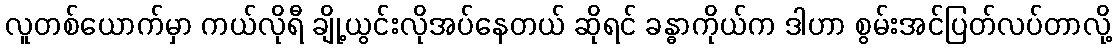
လူတစ်ယောက်မှာ ကယ်လိုရီ ချို့ယွင်းလိုအပ်နေတယ် ဆိုရင် ခန္ဓာကိုယ်က ဒါဟာ စွမ်းအင်ပြတ်လပ်တာလို့